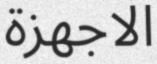
الاجهزة